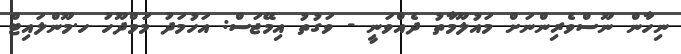
ނިހާން ނޫސްވެރިންނަށް މައުލޫމާތު ދެއްވަނީ - ވަގުތު އިމޭޖަސް: އަހުމަދު މަމްދޫހު ހ.މޫންލައިޓް